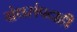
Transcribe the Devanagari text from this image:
ग्रंथसंपदाही